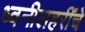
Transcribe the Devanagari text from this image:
ध्वनीलहरींचे